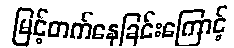
မြင့်တက်နေခြင်းကြောင့်